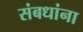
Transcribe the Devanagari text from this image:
संबधांना